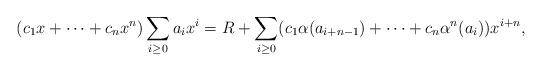
LaTeX: \begin{align*}(c_1x + \dots + c_nx^n)\sum_{i \geq 0}a_ix^i = R + \sum_{i \geq 0} (c_1 \alpha(a_{i+n-1}) + \dots + c_n \alpha^n(a_i))x^{i+n},\end{align*}